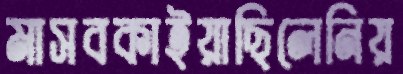
মাসবকাইয়াছিলেনিয়